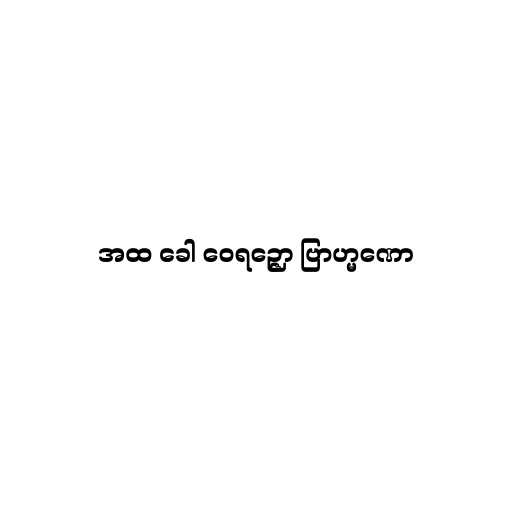
အထ ခေါ ဝေရဉ္ဇော ဗြာဟ္မဏော